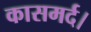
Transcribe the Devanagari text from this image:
कासमर्द।